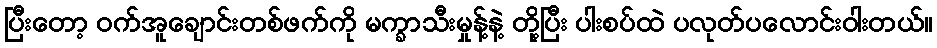
ပြီးတော့ ဝက်အူချောင်းတစ်ဖက်ကို မက္ခာသီးမှုန့်နဲ့ တို့ပြီး ပါးစပ်ထဲ ပလုတ်ပလောင်းဝါးတယ်။